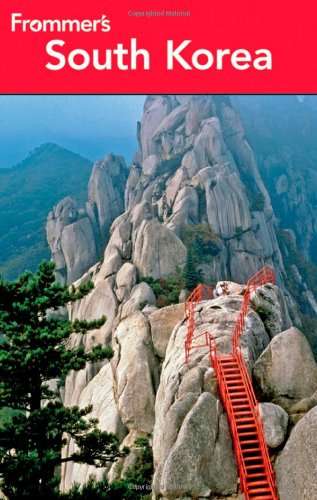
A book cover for Frommer's South Korea (Frommer's Complete Guides); Cecilia Hae-Jin Lee; Travel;